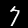
Label: 7